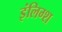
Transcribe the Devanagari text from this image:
इंलिग्श